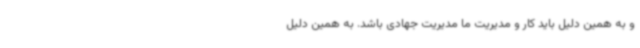
و به همین دلیل باید کار و مدیریت ما مدیریت جهادی باشد. به همین دلیل